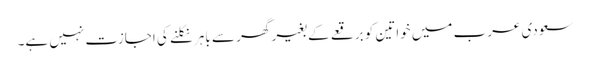
سعودی عرب میں خواتین کو برقعے کے بغیر گھر سے باہر نکلنے کی اجازت نہیں ہے۔